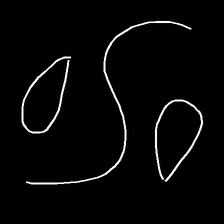
Glyph: water